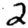
Digit: 2